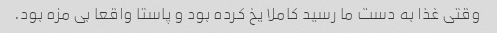
وقتی غذا به دست ما رسید کاملا یخ کرده بود و پاستا واقعا بی مزه بود.